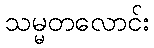
သမ္မတလောင်း